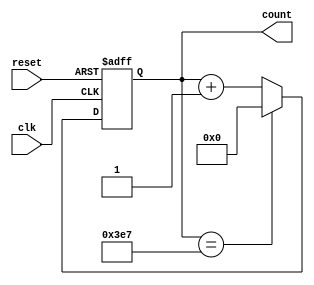
//to code any counter we just describe the behavior of it using verilog
module counter(clk,reset,count);
input clk,reset;	

//the reason for creating a counter that counts in 10 bits
//is because we want it to count to 999
//Log2(999)= 9.9643408677924
//so we need at least 10 bits to represent the number 999
output reg [9:0]count=0;
//creating a vector to represent the count
//it is from a register type because of the always block we created below
	
//always block for repeating the counting operation
always @(posedge clk or posedge reset)
if(reset) 
//we use <= instead of just = because we are dealing with sequential logic
count<=0;
else if(count==999)
count<=0;
else
count <= count + 1;

endmodule

module conter_dut();
wire clk;
reg reset;
wire [9:0]count;
initial
begin
reset=1; #50;
reset=0;
end
counter cnt(clk,reset,count);
endmodule